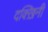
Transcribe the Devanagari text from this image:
दक्ख़िनी